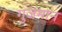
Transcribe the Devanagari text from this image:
गुजमान